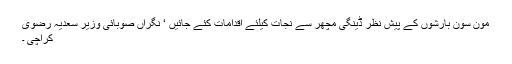
مون سون بارشوں کے پیش نظر ڈینگی مچھر سے نجات کیلئے اقدامات کئے جائیں ‘ نگراں صوبائی وزیر سعدیہ رضوی
کراچی ۔